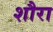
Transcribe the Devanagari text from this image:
शौरा